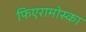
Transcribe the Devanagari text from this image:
फिएरामोस्का